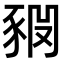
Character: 𧱊